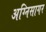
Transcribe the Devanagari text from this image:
अग्निसागर